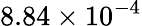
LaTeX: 8.84\times 10^{-4}